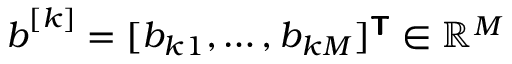
\boldsymbol { b } ^ { [ k ] } = [ b _ { k 1 } , \ldots , b _ { k M } ] ^ { \boldsymbol { \mathsf { T } } } \in \mathbb { R } ^ { M }